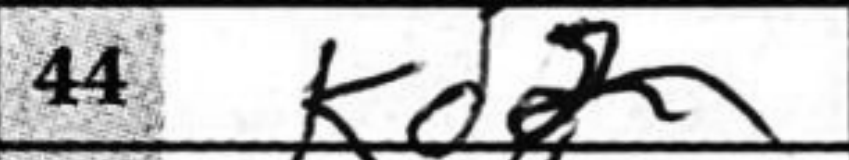
Transcription: Kd2